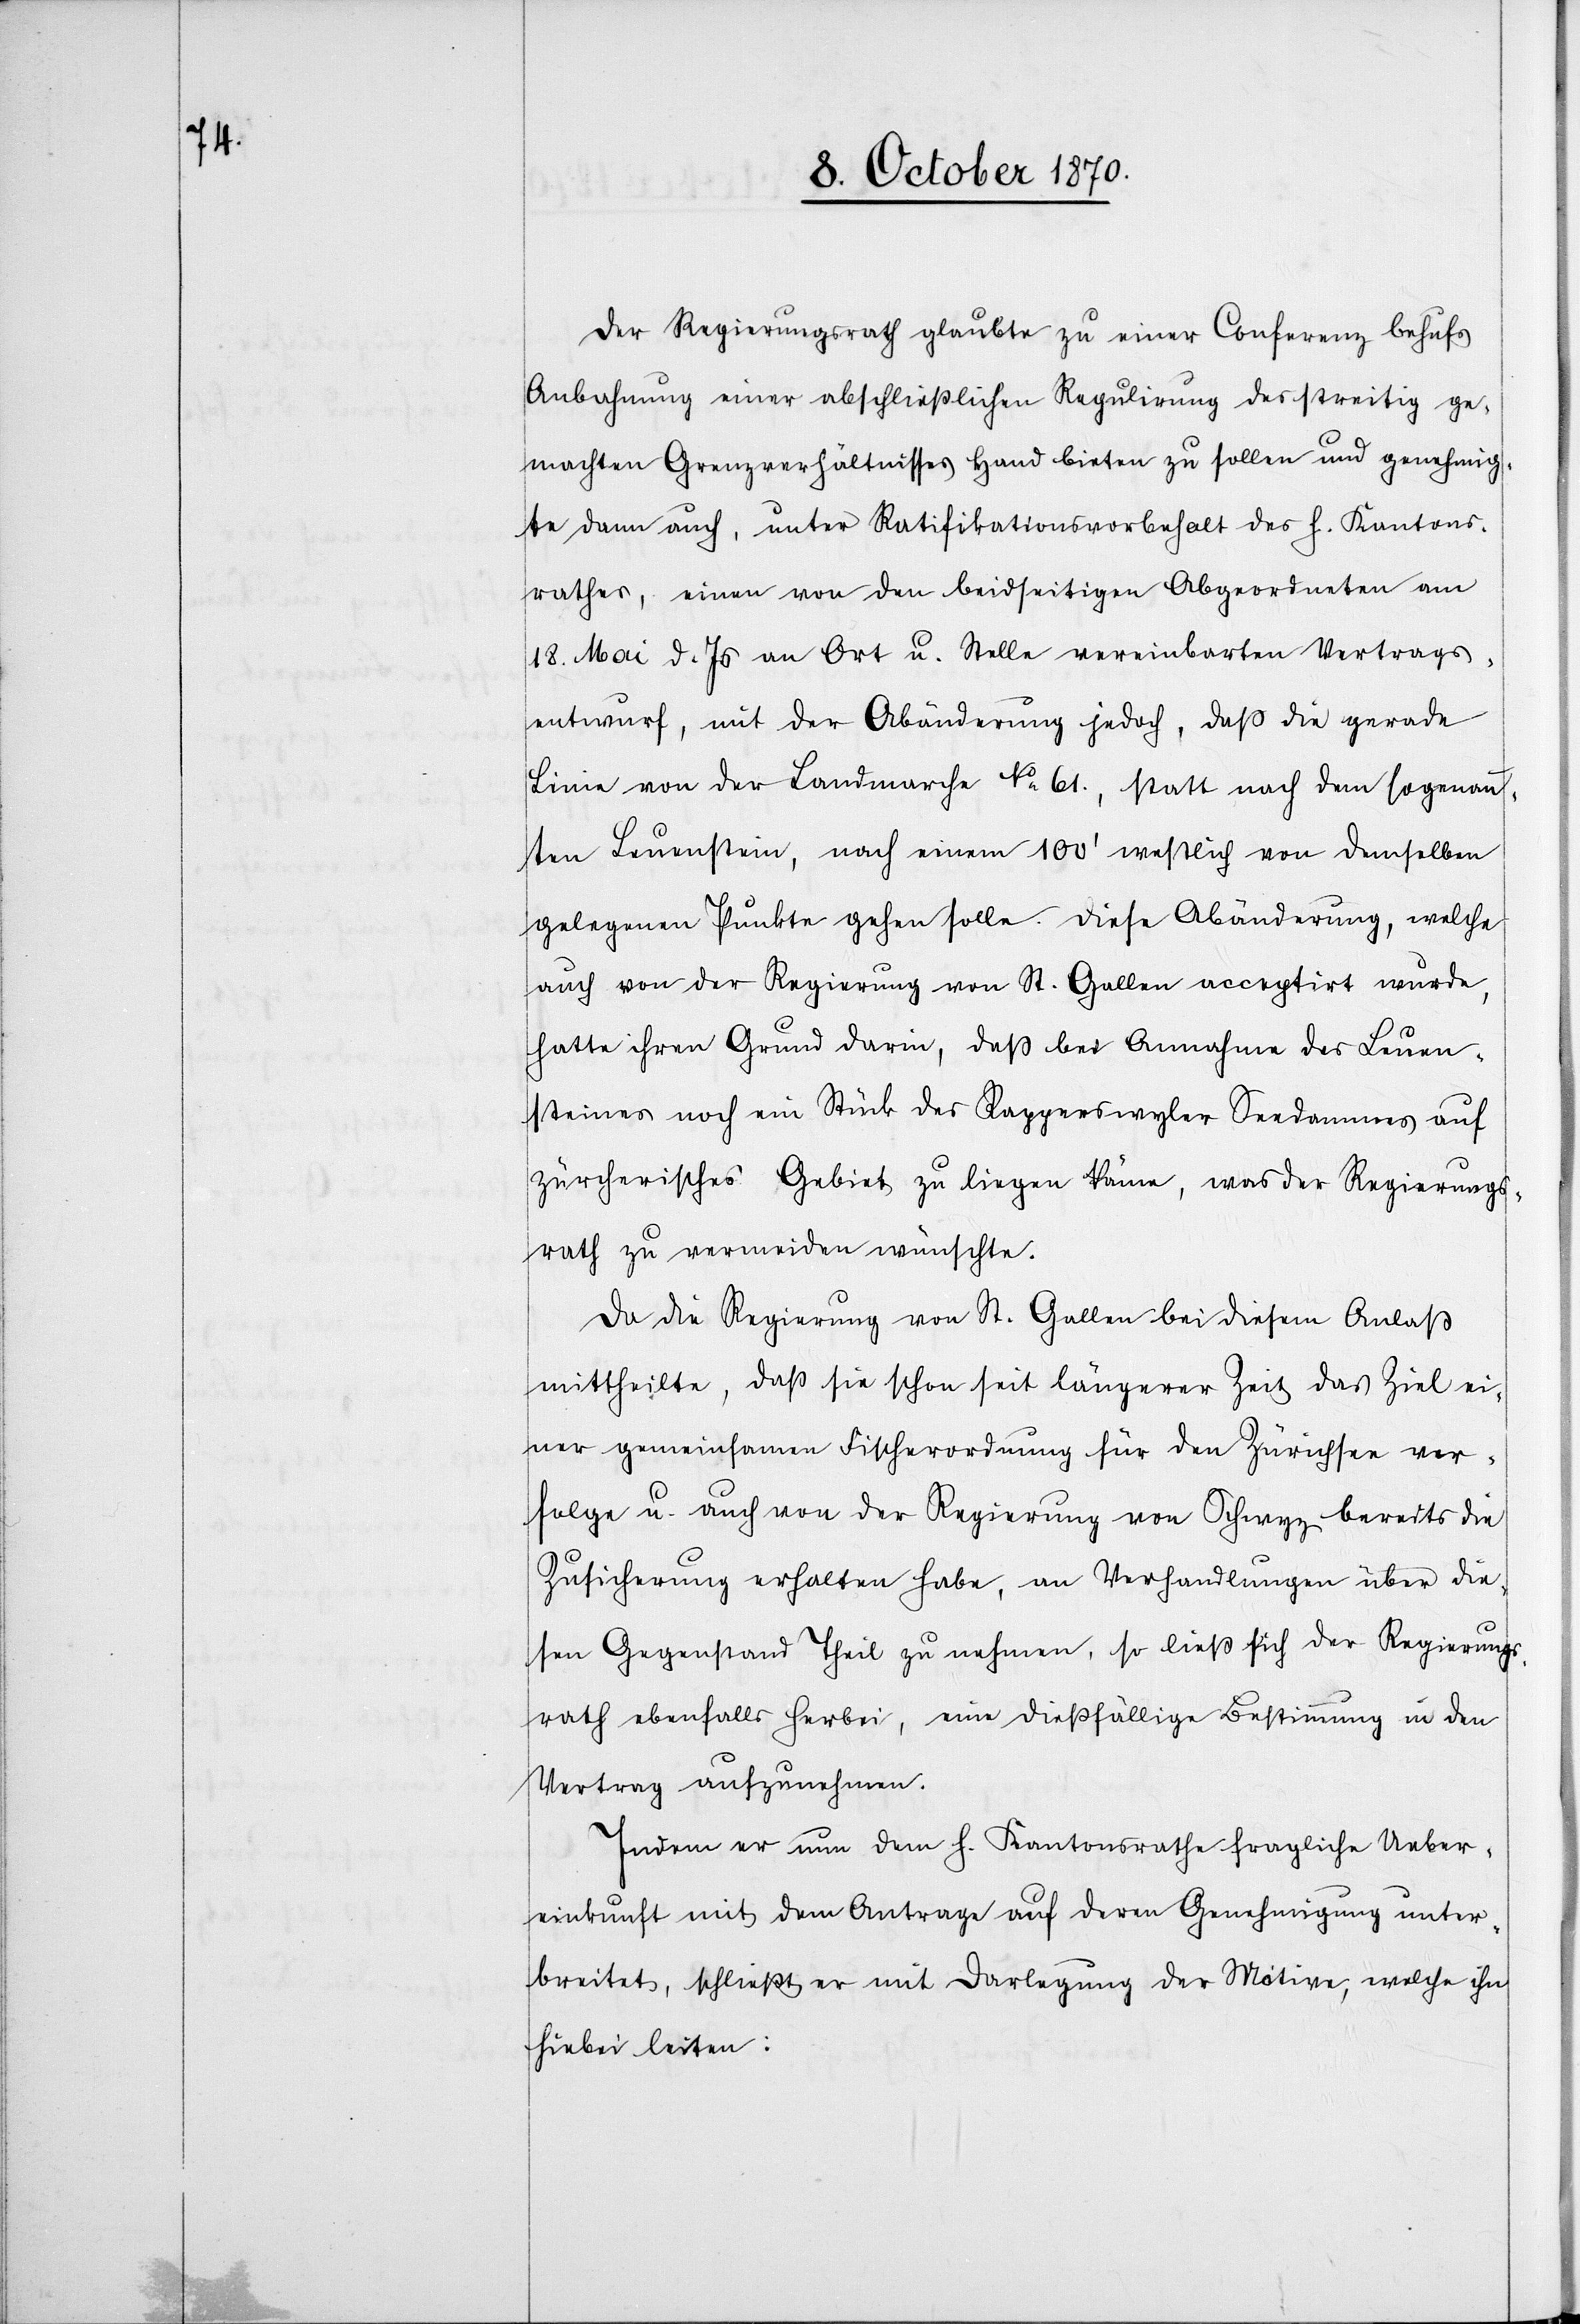
Der Regierungsrath glaubt zu einer Conferenz behufs
Anbahnung einer abschließlichen Regulirung des streitig ge¬
machten Grenzverhältnisses Hand bieten zu sollen und genehmig¬
te dann auch, unter Ratifikationsvorbehalt des h. Kantons¬
rathes, einen von den beidseitigen Abgeordneten am
18. Mai d. Js. an Ort u. Stelle vereinbarten Vertrags¬
entwurf, mit der Abänderung jedoch, daß die gerade
Linie von der Landmarche No 61., statt nach dem sogenann¬
ten Leuenstein, nach einem 100’ westlich von demselben
gelegenen Punkte gehen solle. Diese Abänderung, welche
auch von der Regierung von St. Gallen acceptirt wurde,
hatte ihren Grund darin, daß bei Annahme des Leuen¬
steines noch ein Stück der Rapperswyler Seedammes auf
zürcherisches Gebiet zu liegen käme, was der Regierungs¬
rath zu vermeiden wünschte.
Da die Regierung von St. Gallen bei diesem Anlaß
mittheilte, daß sie schon seit längerer Zeit das Ziel ei¬
ner gemeinsamen Fischerordnung für den Zürichsee ver¬
folge u. auch von der Regierung von Schwyz bereits die
Zusicherung erhalten habe, an den Verhandlungen über die¬
sen Gegenstand Theil zu nehmen, so ließ sich der Regierungs¬
rath ebenfalls herbei, eine dießfällige Bestimmung in den
Vertrag aufzunehmen.
Indem er nun dem h. Kantonsrathe fragliche Ueber¬
einkunft mit dem Antrage auf deren Genehmigung unter¬
breitete, schließt er mit Darlegung der Motive, welche ihn
hiebei leiten: